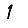
Digit: 1